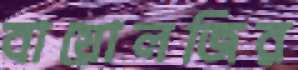
বায়োলজির